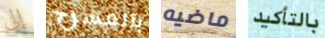
إلى بالمسرح ماضيه بالتأكيد